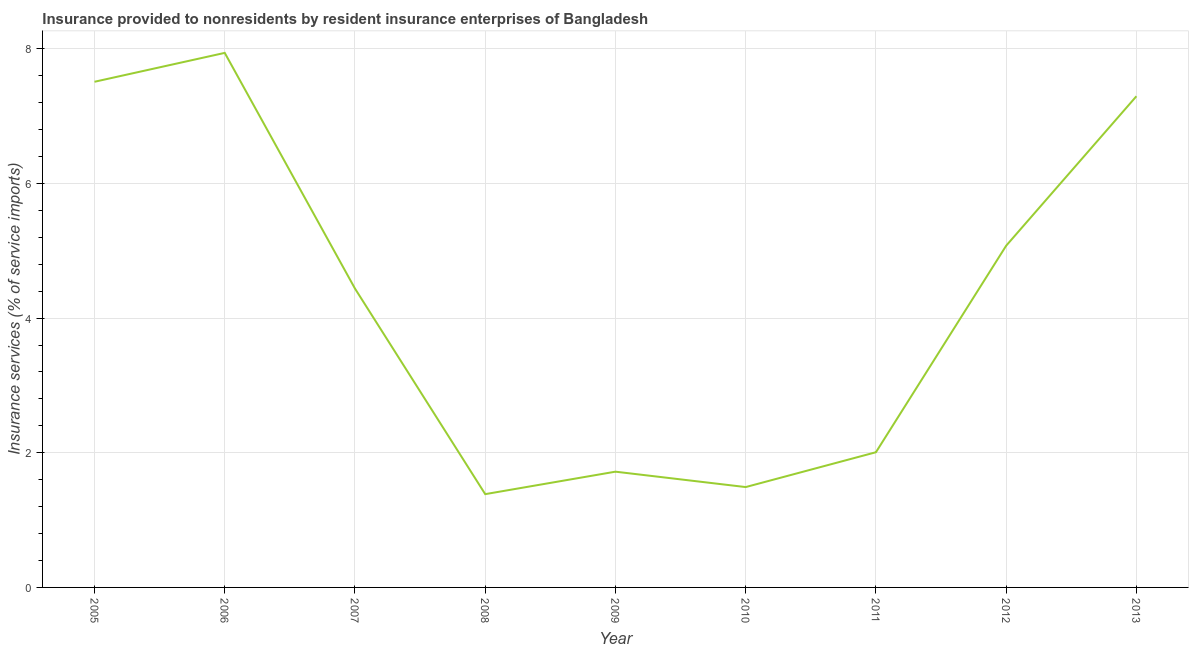
| Year | Insurance and financial services |
 | --- | --- |
 | 2005 | 7.51 |
 | 2006 | 7.94 |
 | 2007 | 4.44 |
 | 2008 | 1.39 |
 | 2009 | 1.72 |
 | 2010 | 1.49 |
 | 2011 | 2.01 |
 | 2012 | 5.08 |
 | 2013 | 7.3 |